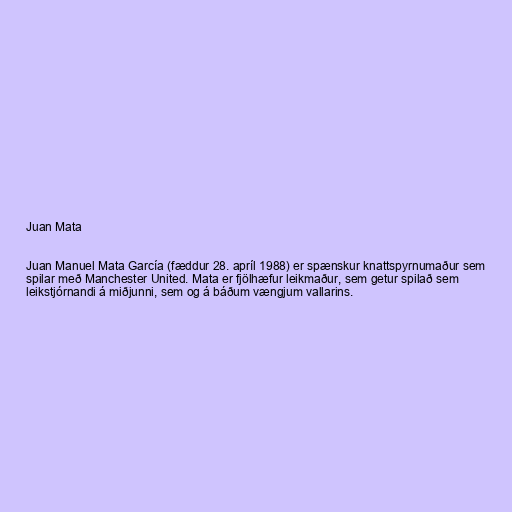
Juan Mata

Juan Manuel Mata García (fæddur 28. apríl 1988) er spænskur knattspyrnumaður sem
spilar með Manchester United. Mata er fjölhæfur leikmaður, sem getur spilað sem
leikstjórnandi á miðjunni, sem og á báðum vængjum vallarins.